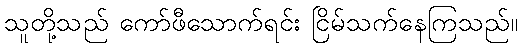
သူတို့သည် ကော်ဖီသောက်ရင်း ငြိမ်သက်နေကြသည်။